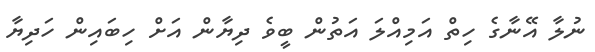
ނުލާ އޭނާގެ ހިތް އަމިއްލަ އަތުން ބީވެ ދިޔާން އަށް ހިބައިން ހަދިޔާ